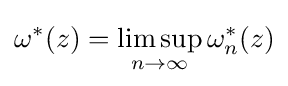
\omega ^{*}(z)=\limsup _{n\to \infty }\omega _{n}^{*}(z)